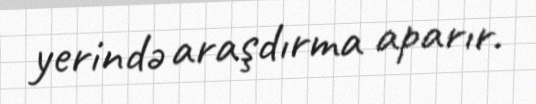
yerində araşdırma aparır.